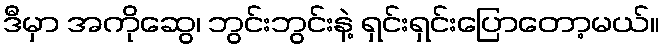
ဒီမှာ အကိုဆွေ၊ ဘွင်းဘွင်းနဲ့ ရှင်းရှင်းပြောတော့မယ်။